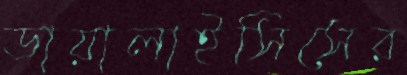
ডায়ালাইসিসের